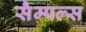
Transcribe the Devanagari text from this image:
सैम्पल्स